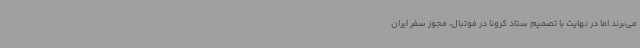
می‌برند اما در نهایت با تصمیم ستاد کرونا در فوتبال، مجوز سفر ایران